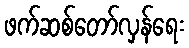
ဖက်ဆစ်တော်လှန်ရေး